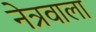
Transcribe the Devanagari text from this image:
नेत्रवाला